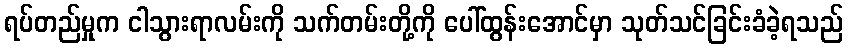
ရပ်တည်မှုက ငါသွားရာလမ်းကို သက်တမ်းတို့ကို ပေါ်ထွန်းအောင်မှာ သုတ်သင်ခြင်းခံခဲ့ရသည်